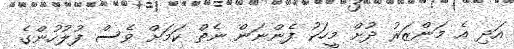
އަދި އެ މަންޒަރު ދުށް މީހަކު ފެންނަން ނެތް ކަމަށް ވެސް ފުލުހުންގެ